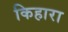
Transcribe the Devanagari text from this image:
किहारा